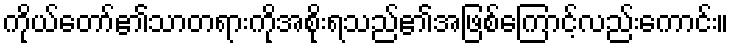
ကိုယ်တော်၏သာတရားကိုအစိုးရသည်၏အဖြစ်ကြောင့်လည်းကောင်း။